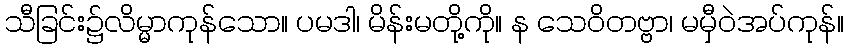
သီခြင်း၌လိမ္မာကုန်သော။ ပမဒါ၊ မိန်းမတို့ကို။ န သေဝိတဗ္ဗာ၊ မမှီဝဲအပ်ကုန်။